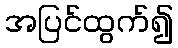
အပြင်ထွက်၍